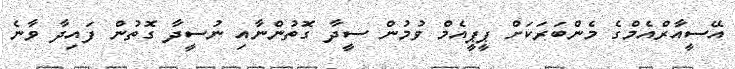
އޭސީއާރްއެމްގެ މެންބަރަކަށް ޕީޕީއެމް ވުމުން ސީދާ ގޮތުންނާއި ނުސީދާ ގޮތުން ފައިދާ ވާނެ